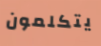
يتكلمون